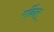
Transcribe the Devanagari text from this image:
रविंदर्